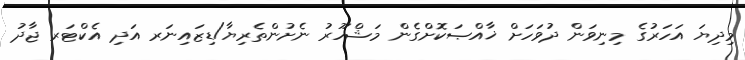
މިދިޔަ އަހަރުގެ މިނިވަން ދުވަހަށް ޚާއްޞަކޮށްގެން މަޝްހޫރު ނެށުންތެރިޔާ/ޑިޒައިނަރ އަދި އެކްޓަރ ޖާދު